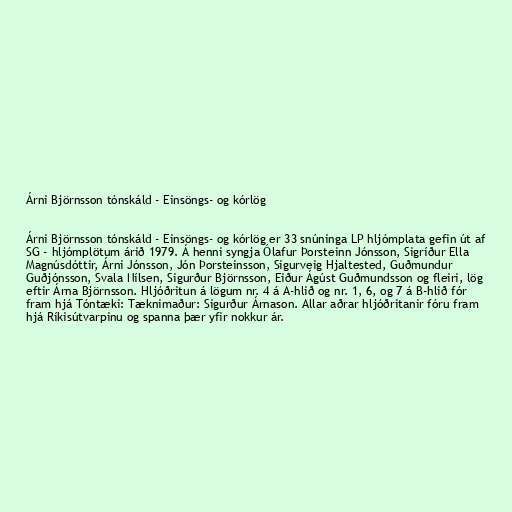
Árni Björnsson tónskáld - Einsöngs- og kórlög

Árni Björnsson tónskáld - Einsöngs- og kórlög er 33 snúninga LP hljómplata gefin út af
SG - hljómplötum árið 1979. Á henni syngja Ólafur Þorsteinn Jónsson, Sigríður Ella
Magnúsdóttir, Árni Jónsson, Jón Þorsteinsson, Sigurveig Hjaltested, Guðmundur
Guðjónsson, Svala Nílsen, Sigurður Björnsson, Eiður Ágúst Guðmundsson og fleiri, lög
eftir Árna Björnsson. Hljóðritun á lögum nr. 4 á A-hlið og nr. 1, 6, og 7 á B-hlið fór
fram hjá Tóntæki: Tæknimaður: Sigurður Árnason. Allar aðrar hljóðritanir fóru fram
hjá Ríkisútvarpinu og spanna þær yfir nokkur ár.